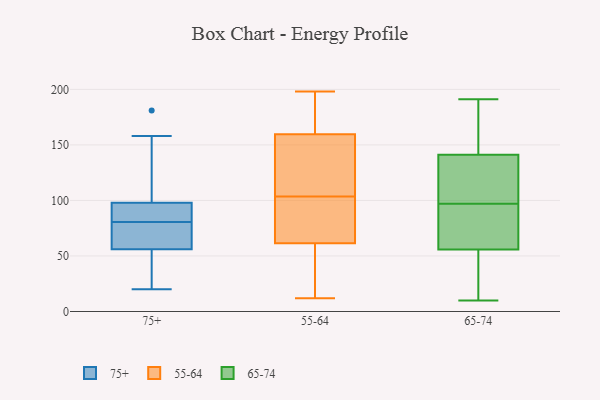
{"axis": {"x": "Bounce Rate (%)", "y": "Value"}, "legend": ["55-64", "65-74", "75+"], "data": [{"x": "", "y": 62, "type": "75+"}, {"x": "", "y": 84, "type": "75+"}, {"x": "", "y": 27, "type": "75+"}, {"x": "", "y": 181, "type": "75+"}, {"x": "", "y": 119, "type": "75+"}, {"x": "", "y": 69, "type": "75+"}, {"x": "", "y": 35, "type": "75+"}, {"x": "", "y": 80, "type": "75+"}, {"x": "", "y": 158, "type": "75+"}, {"x": "", "y": 20, "type": "75+"}, {"x": "", "y": 61, "type": "75+"}, {"x": "", "y": 82, "type": "75+"}, {"x": "", "y": 136, "type": "75+"}, {"x": "", "y": 95, "type": "75+"}, {"x": "", "y": 36, "type": "75+"}, {"x": "", "y": 56, "type": "75+"}, {"x": "", "y": 98, "type": "75+"}, {"x": "", "y": 81, "type": "75+"}, {"x": "", "y": 30, "type": "55-64"}, {"x": "", "y": 12, "type": "55-64"}, {"x": "", "y": 133, "type": "55-64"}, {"x": "", "y": 68, "type": "55-64"}, {"x": "", "y": 130, "type": "55-64"}, {"x": "", "y": 80, "type": "55-64"}, {"x": "", "y": 55, "type": "55-64"}, {"x": "", "y": 198, "type": "55-64"}, {"x": "", "y": 186, "type": "55-64"}, {"x": "", "y": 80, "type": "55-64"}, {"x": "", "y": 127, "type": "55-64"}, {"x": "", "y": 187, "type": "55-64"}, {"x": "", "y": 54, "type": "65-74"}, {"x": "", "y": 61, "type": "65-74"}, {"x": "", "y": 19, "type": "65-74"}, {"x": "", "y": 10, "type": "65-74"}, {"x": "", "y": 44, "type": "65-74"}, {"x": "", "y": 146, "type": "65-74"}, {"x": "", "y": 101, "type": "65-74"}, {"x": "", "y": 114, "type": "65-74"}, {"x": "", "y": 169, "type": "65-74"}, {"x": "", "y": 127, "type": "65-74"}, {"x": "", "y": 79, "type": "65-74"}, {"x": "", "y": 12, "type": "65-74"}, {"x": "", "y": 150, "type": "65-74"}, {"x": "", "y": 97, "type": "65-74"}, {"x": "", "y": 97, "type": "65-74"}, {"x": "", "y": 85, "type": "65-74"}, {"x": "", "y": 84, "type": "65-74"}, {"x": "", "y": 149, "type": "65-74"}, {"x": "", "y": 191, "type": "65-74"}]}